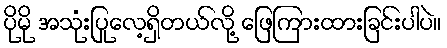
ပိုမို အသုံးပြုလေ့ရှိတယ်လို့ ဖြေကြားထားခြင်းပါပဲ။